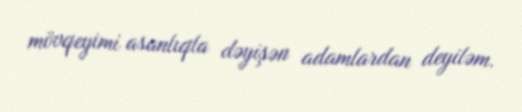
mövqeyimi asanlıqla dəyişən adamlardan deyiləm.